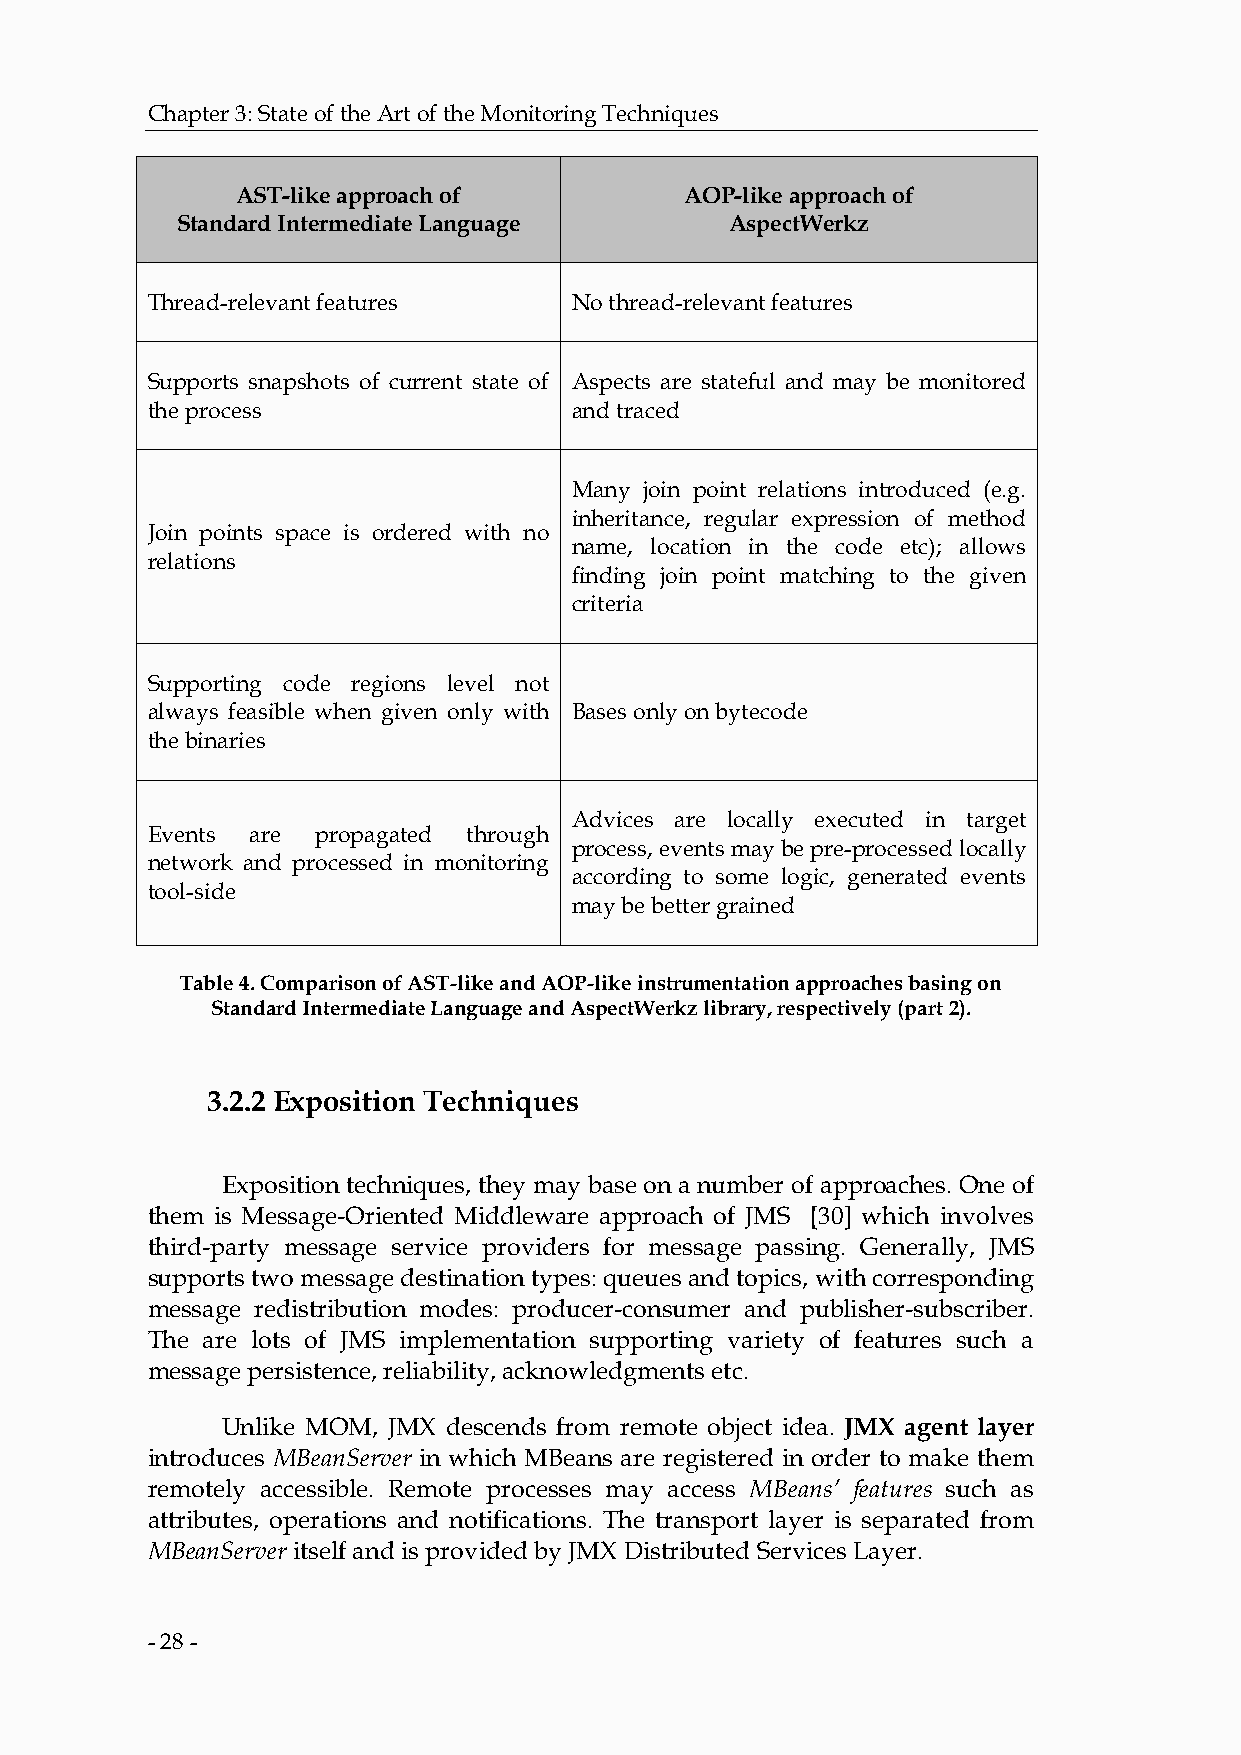
Chapter 3: State of the Art of the Monitoring Techniques
 AST-like approach of         AOP-like approach of
 Standard Intermediate Language      AspectWerkz
 Thread-relevant features    No thread-relevant features
 Supports snapshots of current state of Aspects are stateful and may be monitored
 the process                 and traced
 Many join point relations introduced (e.g.
 inheritance, regular expression of method
 Join points space is ordered with no
 name, location in the code etc); allows
 relations
 finding join point matching to the given
 criteria
 Supporting code regions level not
 always feasible when given only with Bases only on bytecode
 the binaries
 Advices are locally executed in target
 Events are propagated through
 process, events may be pre-processed locally
 network and processed in monitoring
 according to some logic, generated events
 tool-side
 may be better grained
 Table 4. Comparison of AST-like and AOP-like instrumentation approaches basing on
 Standard Intermediate Language and AspectWerkz library, respectively (part 2).
 3.2.2 Exposition Techniques
 Exposition techniques, they may base on a number of approaches. One of
 them is Message-Oriented Middleware approach of JMS [30] which involves
 third-party message service providers for message passing. Generally, JMS
 supports two message destination types: queues and topics, with corresponding
 message redistribution modes: producer-consumer and publisher-subscriber.
 The are lots of JMS implementation supporting variety of features such a
 message persistence, reliability, acknowledgments etc.
 Unlike MOM, JMX descends from remote object idea. JMX agent layer
 introduces MBeanServer in which MBeans are registered in order to make them
 remotely accessible. Remote processes may access MBeans’ features such as
 attributes, operations and notifications. The transport layer is separated from
 MBeanServer itself and is provided by JMX Distributed Services Layer.
 - 28 -